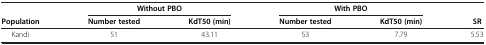
<table><thead><tr><td><b> </b></td><td colspan="2"><b>Without PBO</b></td><td colspan="2"><b>With PBO</b></td><td><b> </b></td></tr><tr><td><b>Population</b></td><td><b>Number tested</b></td><td><b>KdT50 (min)</b></td><td><b>Number tested</b></td><td><b>KdT50 (min)</b></td><td><b>SR</b></td></tr></thead><tbody><tr><td>Kandi</td><td>51</td><td>43.11</td><td>53</td><td>7.79</td><td>5.53</td></tr></tbody></table>